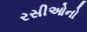
રસીઓનો